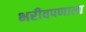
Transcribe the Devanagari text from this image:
भरीवपणाला